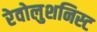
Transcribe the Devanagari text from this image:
रेवोलुशनिस्ट